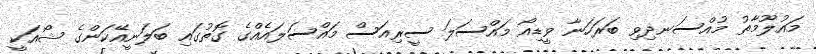
މައުލޫމާތު މުއްސަނދިވި ބަރަހަނާ ވީޑިއޯ މައްސަލަ ސީރިއަސް މައްސަލައެއްގެ ގޮތުގައި ބަލަނީއޭކަންގެ ޝޯއަކީ